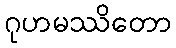
ဂုဟမဿိတော